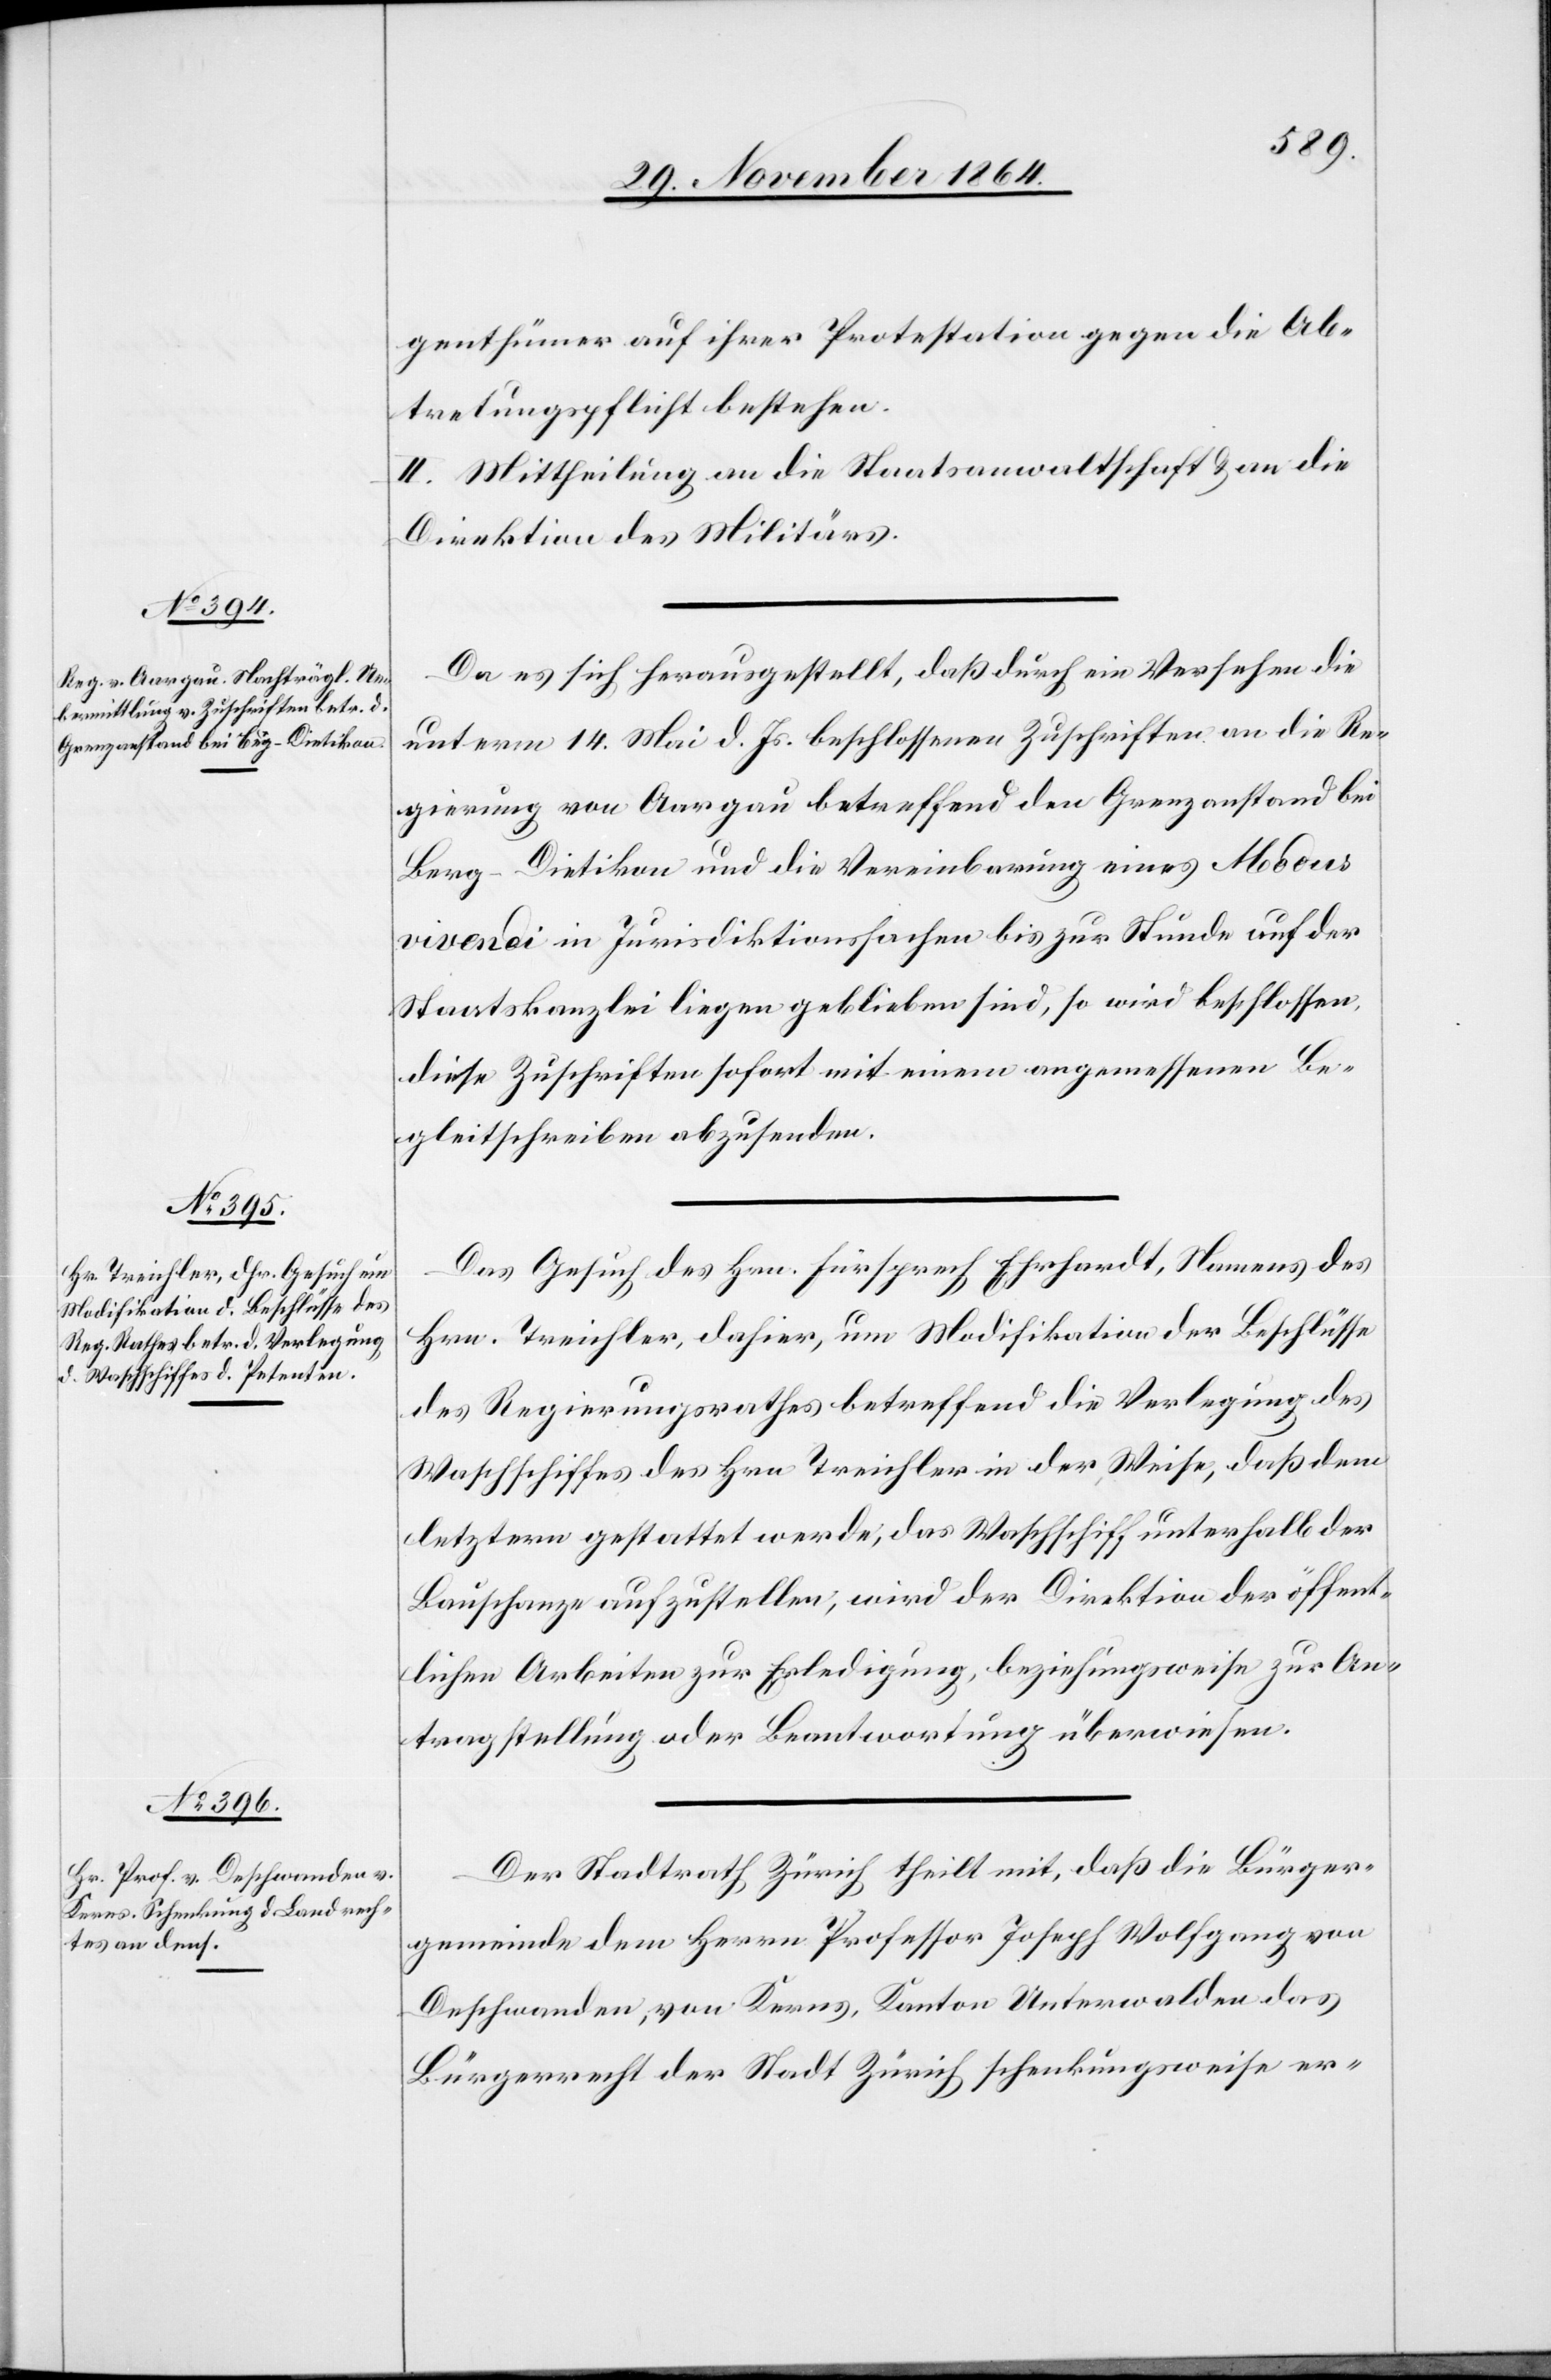
genthümer auf ihrer Protestation gegen die Ab¬
tretungspflicht bestehen.
II. Mittheilung an die Staatsanwaltschaft & an die
Direktion des Militärs.
Da es sich herausgestellt, daß durch ein Versehen die
unterm 14. Mai d. Js. beschlossenen Zuschriften an die Re¬
gierung von Aargau betreffend den Grenzanstand bei
Berg-Dietikon und die Vereinbarung eines Modus
vivendi in Jurisdiktionssachen bis zur Stunde auf der
Staatskanzlei liegen geblieben sind, so wird beschlossen,
diese Zuschriften sofort mit einem angemessenen Be¬
gleitschreiben abzusenden.
Das Gesuch des Hrn. Fürsprech Ehrhardt, Namens des
Hrn. Treichler, dahier, um Modifikation der Beschlüsse
des Regierungsrathes betreffend die Verlegung des
Waschschiffes des Hrn. Treichler in der Weise, daß dem
letztern gestattet werde, das Waschschiff unterhalb der
Bauschanze aufzustellen, wird der Direktion der öffent¬
lichen Arbeiten zur Erledigung, beziehungsweise zur An¬
tragstellung oder Beantwortung überwiesen.
Der Stadtrath Zürich theilt mit, daß die Bürger¬
gemeinde dem Herrn Professor Joseph Wolfgang von
Deschwanden, von Kerns, Kanton Unterwalden das
Bürgerrecht der Stadt Zürich schenkungsweise er-